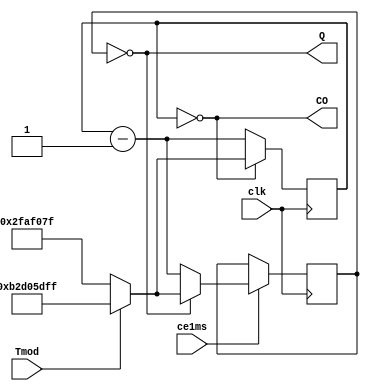
module GEN_ce1min(input clk,   output wire CO,
                  input ce1ms, output wire Q,
                  input Tmod);

  parameter F50MHz=50000000;
  parameter F1kHz=1000;
	parameter F1Hz=1;
	
	reg  [31:0] cb_Nms = 0;
	wire [31:0] Nms = (Tmod ? (60*F50MHz-1) : ((F50MHz/F1Hz)-1));
  
	assign CO = (cb_Nms == 0);
	always @(posedge clk) begin
		cb_Nms <= (CO ? Nms : cb_Nms-1);
	end

  reg  [31:0] cQ_Nms = 0;
  wire [31:0] Q_Nms  = 2*F50MHz - 1;
  
  assign Q  = (cQ_Nms == 0);
  always @(posedge clk) if (ce1ms) begin
    cQ_Nms <= (Q ? Nms : cb_Nms - 1);
  end

endmodule